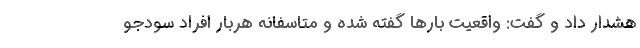
هشدار داد و گفت: واقعیت بارها گفته شده و متاسفانه هربار افراد سودجو